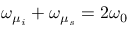
\omega _ { \mu _ { i } } + \omega _ { \mu _ { s } } = 2 \omega _ { 0 }